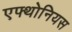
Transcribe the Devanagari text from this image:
एफ्थोनियस